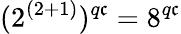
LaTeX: (2^{(2+1)})^{q\mathfrak{c}}=8^{q\mathfrak{c}}